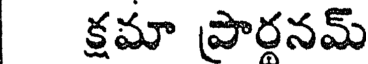
క్షమా ప్రారనమ్